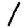
Digit: 1